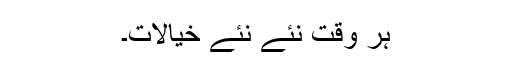
ہر وقت نئے نئے خیالات۔